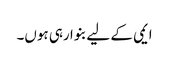
ایمی کے لیے بنوا رہی ہوں۔